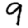
Digit: 9